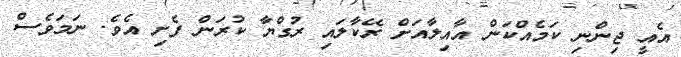
އެއީ ޖިންނި ކަމެއްކަން އާއިލާއަށް ރޭކާލައި ރުގްޔާ ކުރަން ފެށި އެވެ. ނަމަވެސް